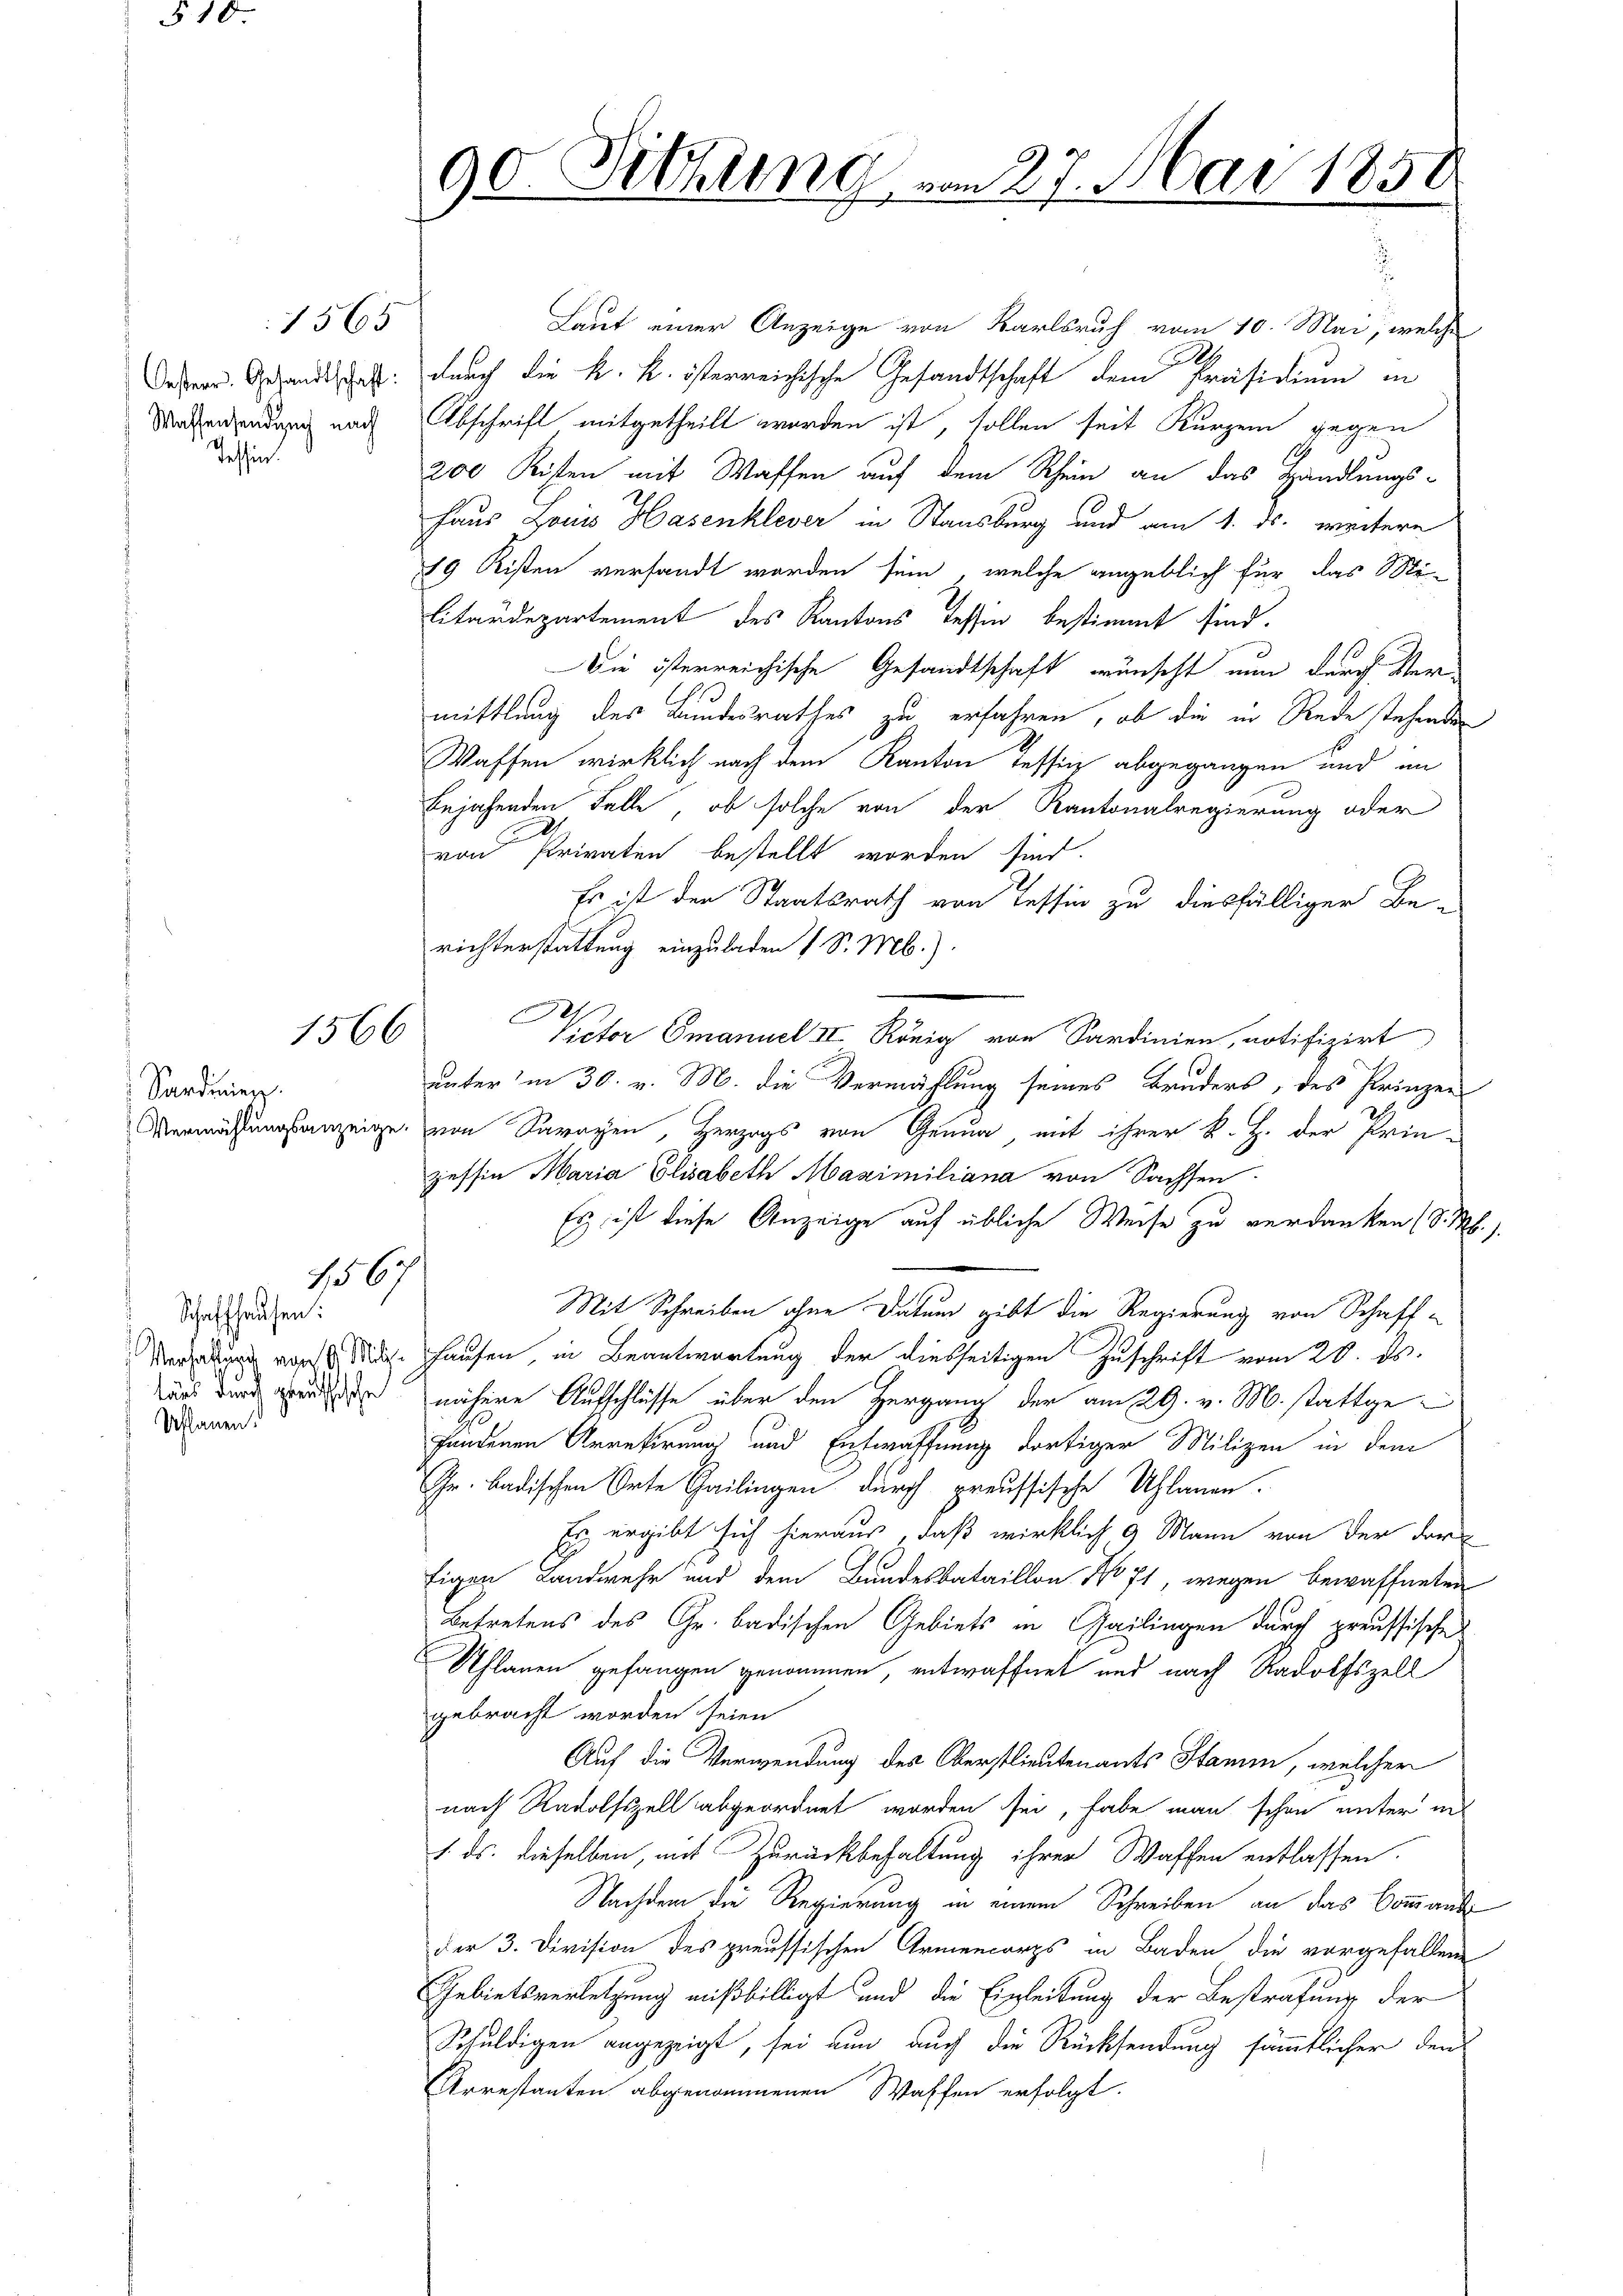
Waffensendung nach
Tessin.

10

1565

1566

Sardinien.

1567

Schaffhausen:
Schlauen!

90. Sitzung

27. Mai 1851

Laut einer Anzeige von Karlsruh vom 10. Mai, welche
9
Deser Gesandtschaft durch die k. k. österreichische Gesandtschaft dem Präsidium in
Abschrift mitgetheilt worden ist, sollen seit Kurzem gegen
200 Kisten mit Waffen auf dem Rhein an das Handlungs-
Haus Louis Hasenklever in Stansburg und am 1. ds. weitere
19 Kisten versandt worden sein, welche angeblich für das Mi-
litärdepartement des Kantons Tessin bestimmt sind.
Die österreichische Gesandtschaft wünscht nun durch Vermittlung des Bundesrathes zu erfahren, ob die in Rede stehende
Waffen wirklich nach dem Kanton Tessig abgegangen und an
Bejahenden Falle, ob solche von der Kantonalregierung oder
von Privaten bestellt worden sind.
Es ist der Staatsrath von Tessin zu diesfälliger Be-
richterstattung einzuladen 1 S. M.).
C
Victor Emanuel III König von Sardinien, notifizirt
unter in 30. v. M. die Vermählung seines Bruders, des Prinzen
Vermassungsanzeige, von Sarazen, Herzogs von Genua, mit ihrer k. J. der Prinzessin Maria Elisabeth Maximiliana von Sachsen.
Es ist diese Anzeige auf übliche Weise zu verdanken (S. M.
Mit Schreiben ohne Datum gibt die Regierung von Schaff-
Vergabung von St. Hausen, in Beantwortung der diesseitigen Zuschrift vom 20. ds.
wurt durch werden nähere Aufschlüsse über den Hergang der am 29. v. M. stattgefundenen Arretirung und Entwaffnung dortiger Milizei in dem
Gr. Badischen Orte Gailingen durch preussische Uhlanen-
Er ergibt sich hieraus, daß wirklich 9 Mann von der dar
figen Landwehr und dem Bandesbataillon No 71, wegen bewaffneten
Betretens des Gr. badischen Gebiets in Gailingen durch preussische
Schlauen gefangen genommen, entwaffnet und nach Radolfszell
gebracht worden seien
Auf die Verwendung des Oberstlieutenants Stamm, welcher
nach Radolfszell abgeordnet worden sei, habe man schon unter in
1. ds. dieselben, mit Zurückbehaltung ihrer Waffen entlassen.
Nachdem die Regierung in einem Schreiben an das Commande
der 3. Division des preussischen Armencorps in Baden die vorgefallen
Gebietsverletzung mißbilligt und die Einleitung der Bestrafung der
Schuldigen angezeigt, sei nun auch die Rücksendung sämmtlicher den
Arrestanten abgenommenen Waffen erfolgt.